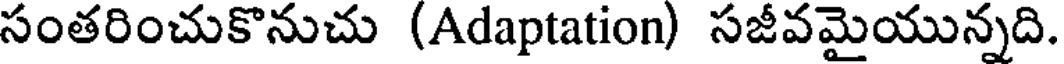
సంతరించుకొనుచు (Adaptation) సజీవమైయున్నది.